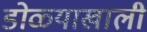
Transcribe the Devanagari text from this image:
डोळ्याखाली